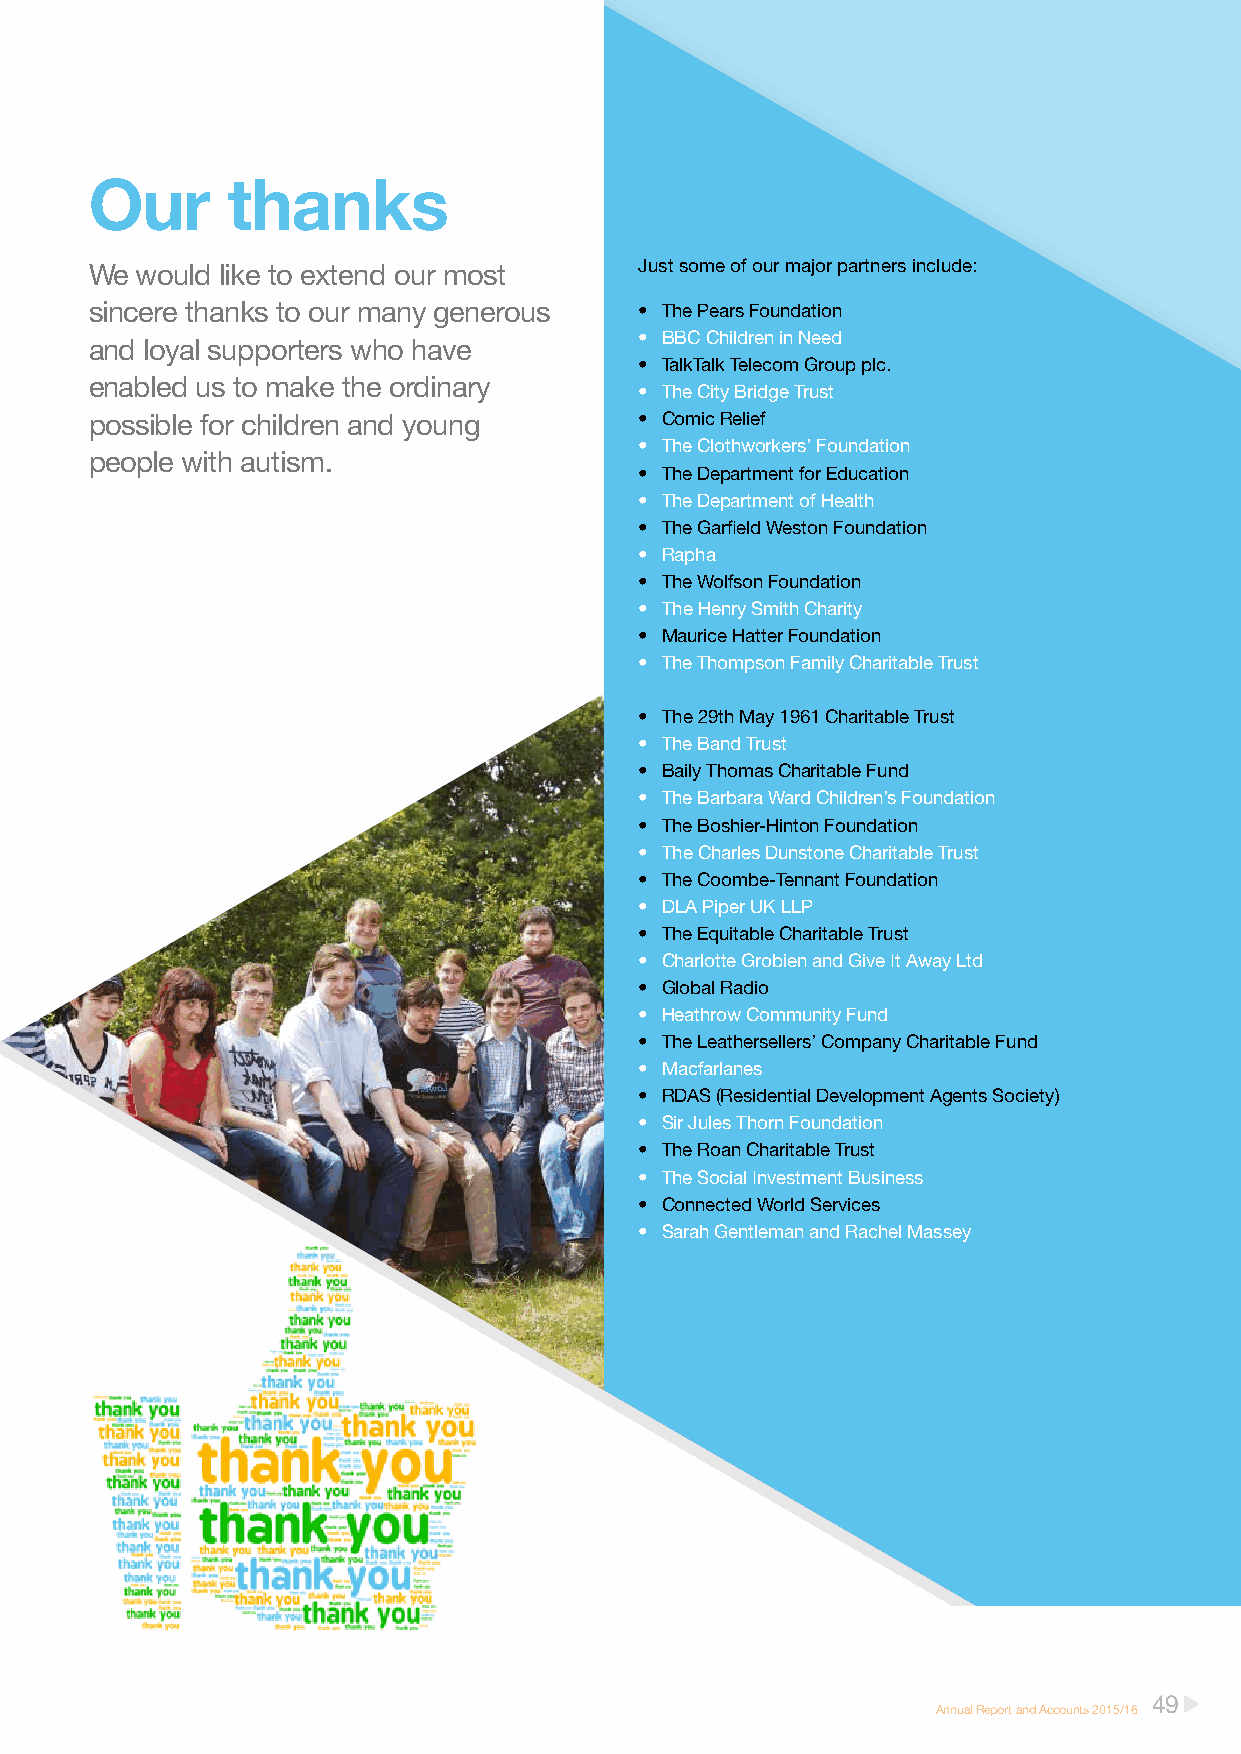
Our      thanks
 We would like to extend our most    Just some of our major partners include:
 sincere thanks to our many generous • The Pears Foundation
 • BBC Children in Need
 and loyal supporters who have
 • TalkTalk Telecom Group plc.
 enabled us to make the ordinary
 • The City Bridge Trust
 possible for children and young     • Comic Relief
 • The Clothworkers’ Foundation
 people with autism.
 • The Department for Education
 • The Department of Health
 • The Garfield Weston Foundation
 • Rapha
 • The Wolfson Foundation
 • The Henry Smith Charity
 • Maurice Hatter Foundation
 • The Thompson Family Charitable Trust
 • The 29th May 1961 Charitable Trust
 • The Band Trust
 • Baily Thomas Charitable Fund
 • The Barbara Ward Children’s Foundation
 • The Boshier-Hinton Foundation
 • The Charles Dunstone Charitable Trust
 • The Coombe-Tennant Foundation
 • DLA Piper UK LLP
 • The Equitable Charitable Trust
 • Charlotte Grobien and Give It Away Ltd
 • Global Radio
 • Heathrow Community Fund
 • The Leathersellers’ Company Charitable Fund
 • Macfarlanes
 • RDAS (Residential Development Agents Society)
 • Sir Jules Thorn Foundation
 • The Roan Charitable Trust
 • The Social Investment Business
 • Connected World Services
 • Sarah Gentleman and Rachel Massey ation
 49
 Annual Report and Accounts 2015/16